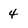
Character: 4